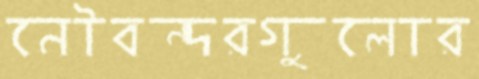
নৌবন্দরগুলোর